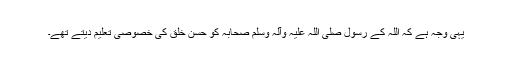
یہی وجہ ہے کہ اللہ کے رسول صلی اللہ علیہ وآلہ وسلم صحابہ کو حسن خلق کی خصوصی تعلیم دیتے تھے۔